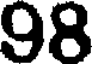
98